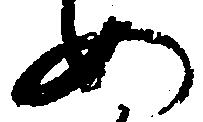
め